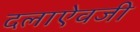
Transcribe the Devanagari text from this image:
दलाऐवजी